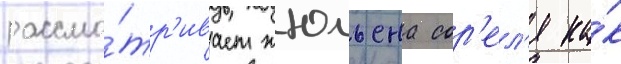
рассма́тр'ивает жюльена сор'ел'я ка́к